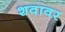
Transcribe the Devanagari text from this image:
शवावर